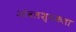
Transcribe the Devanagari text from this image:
आवलश्यकता